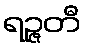
ရဉ္ဇတီ